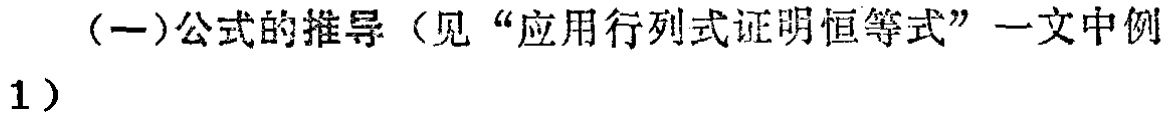
(一)公式的推导（见“应用行列式证明恒等式”一文中例
1）